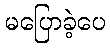
မပြောခဲ့ပေ